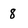
Character: 8